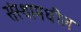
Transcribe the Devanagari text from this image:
संस्थामधील